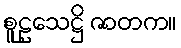
စူဠသေဋ္ဌိ ဇာတက။